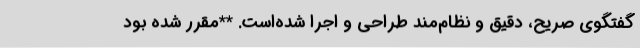
گفتگوی صریح، دقیق و نظام‌مند طراحی و اجرا شده‌است. **مقرر شده‌ بود